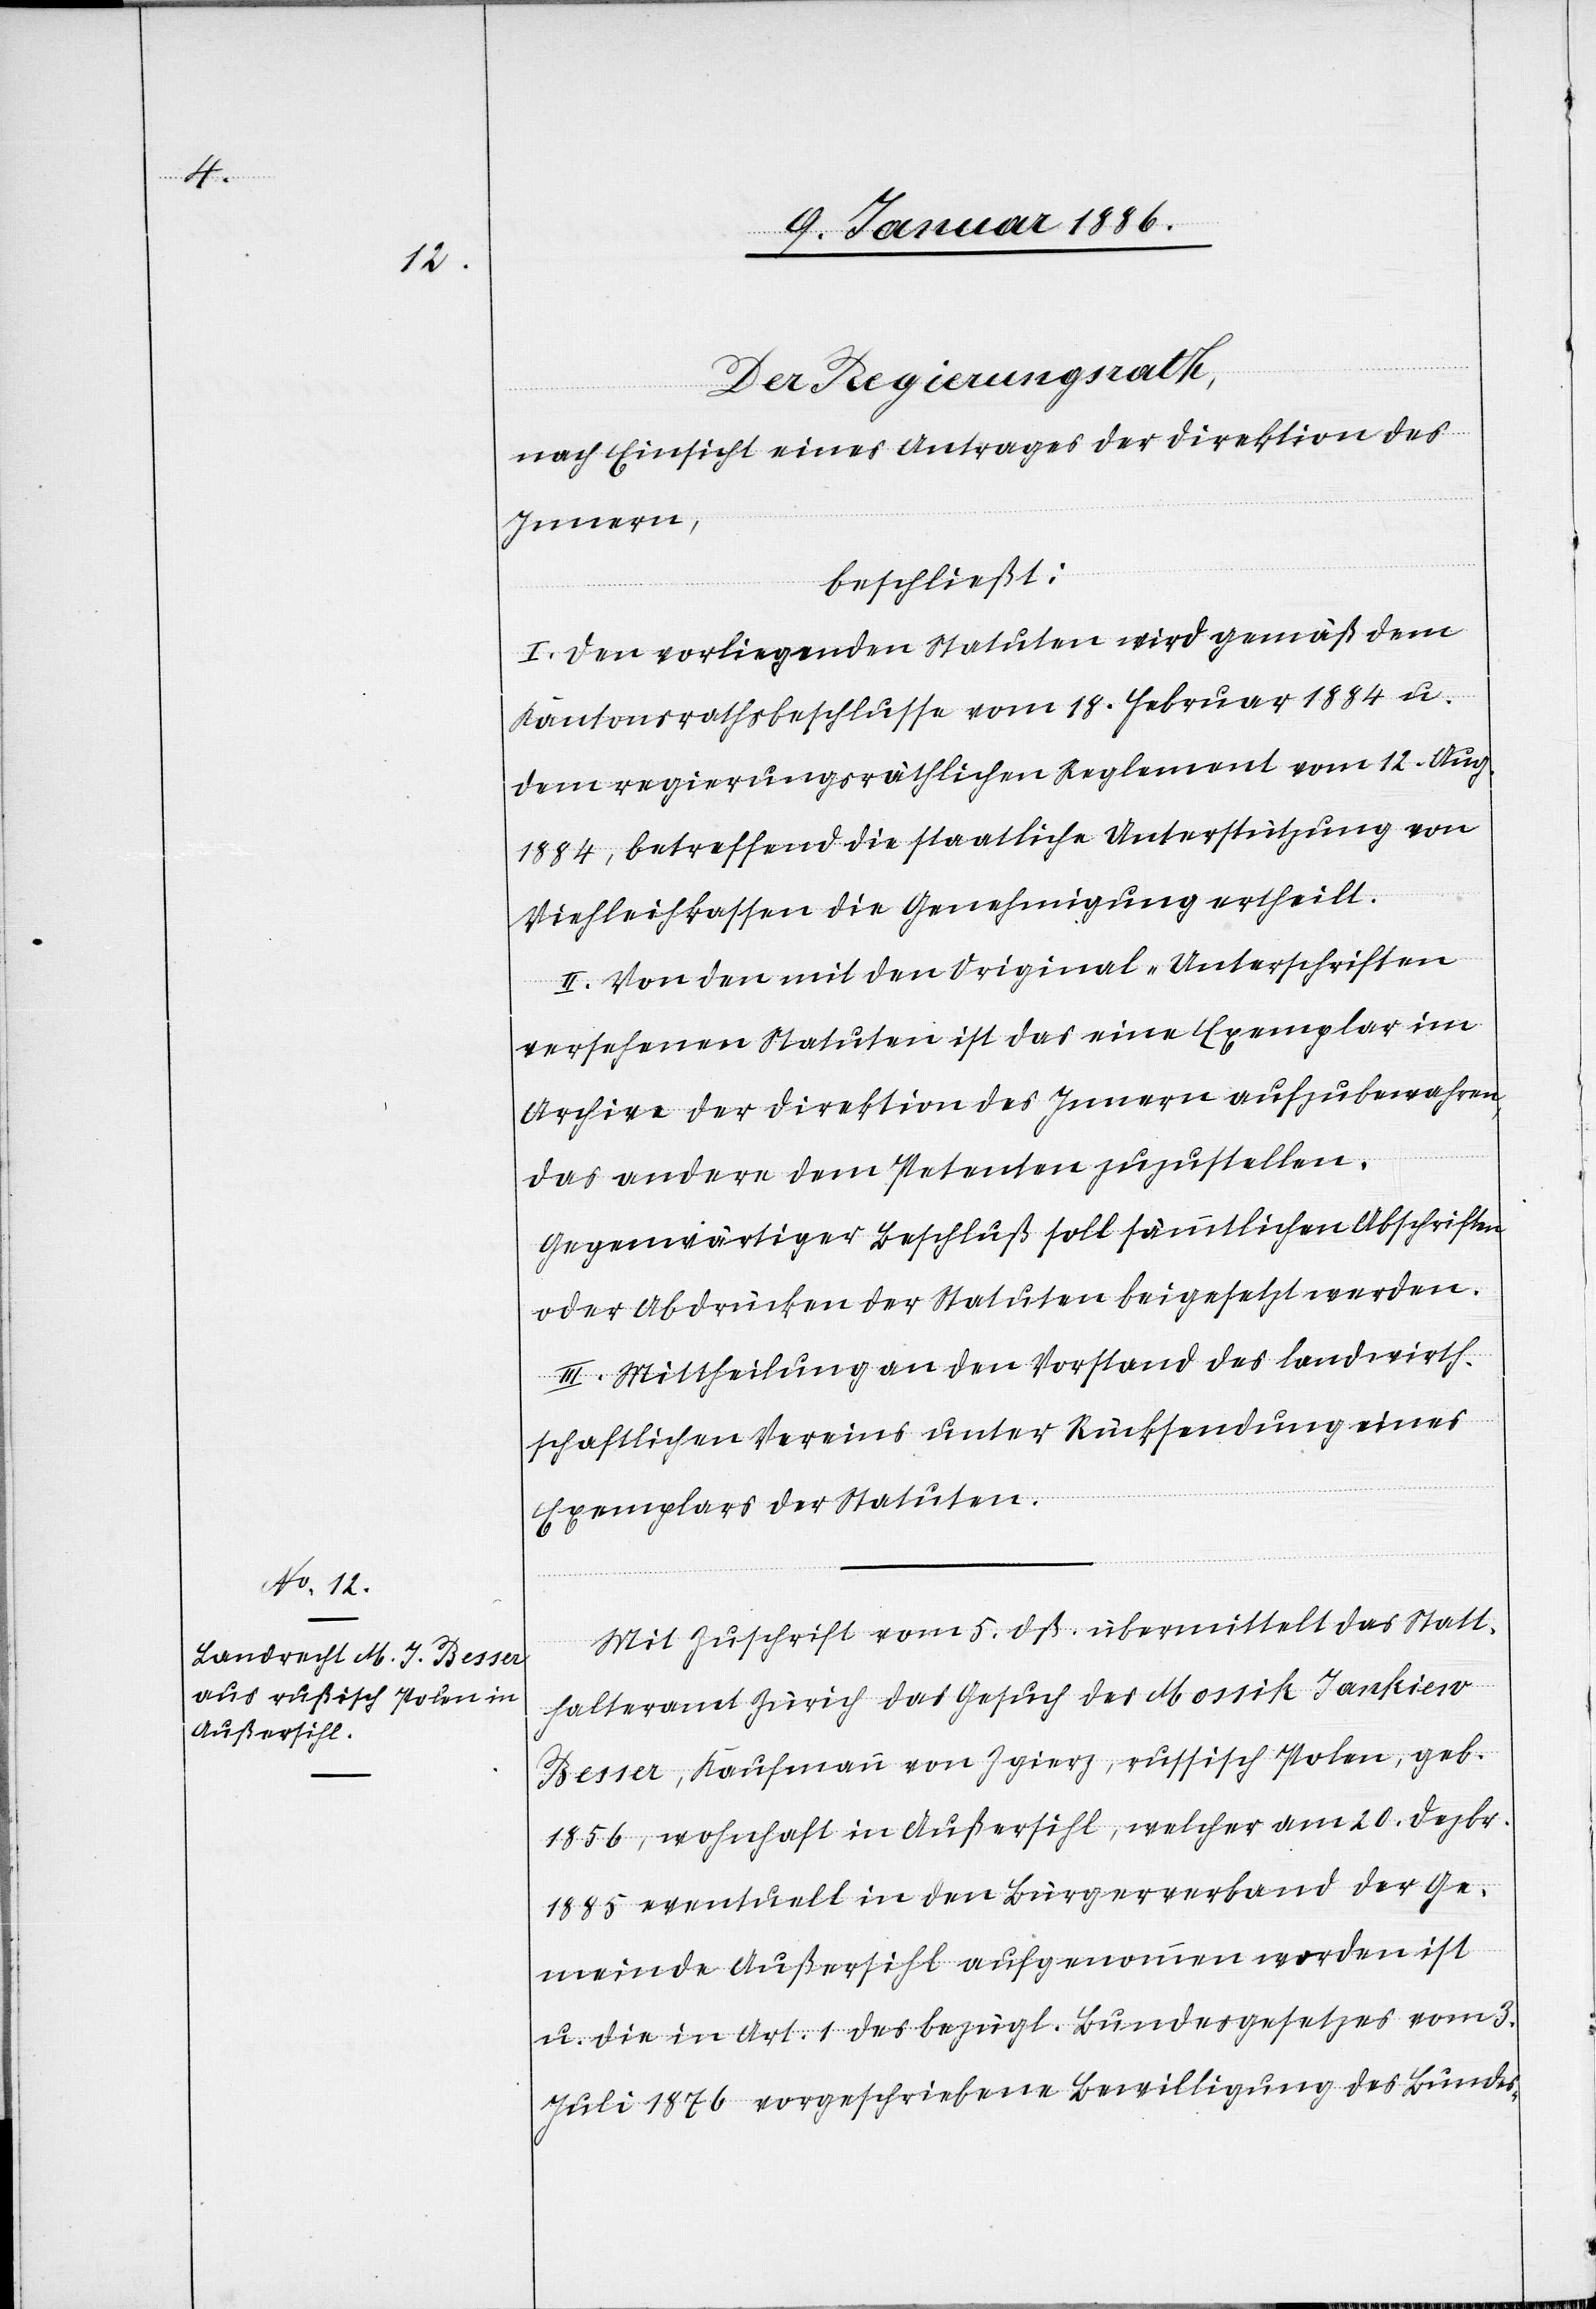
Der Regierungsrath,
nach Einsicht eines Antrages der Direktion des
Innern,
beschließt:
I. Von vorliegenden Statuten wird gemäß dem
Kantonsrathsbeschlusse vom 18. Februar 1884 u.
dem regierungsräthlichen Reglement vom 12. Aug.
1884, betreffend die staatliche Unterstützung von
Viehleihkassen die Genehmigung ertheilt.
II. Von den mit den Original-Unterschriften
versehenen Statuten ist das eine Exemplar im
Archive der Direktion des Innern aufzubewahren,
das andere dem Petenten zuzustellen.
Gegenwärtiger Beschluß soll sämmtlichen Abschriften
oder Abdrücken der Statuten beigesetzt werden.
III. Mittheilung an den Vorstand des landwirth¬
schaftlichen Vereins unter Rücksendung eines
Exemplars der Statuten.
Mit Zuschrift vom 5. dß. übermittelt das Statt¬
halteramt Zürich das Gesuch des Mossik Jankiew
Besser, Kaufmann von Zgierz, russisch Polen, geb.
1856, wohnhaft in Außersihl, welcher am 20. Dezbr.
1885 eventuell in den Bürgerverband der Ge¬
meinde Außersihl aufgenommen worden ist
u. die in Art. 1 des bezügl. Bundesgesetzes vom 3.
Juli 1876 vorgeschriebene Bewilligung des Bundes-